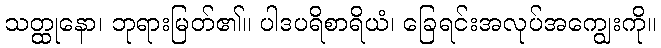
သတ္ထုနော၊ ဘုရားမြတ်၏။ ပါဒပရိစာရိယံ၊ ခြေရင်းအလုပ်အကျွေးကို။